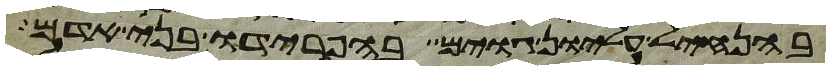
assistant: בהנחיל עליון גוים בהפרידו בני אדם